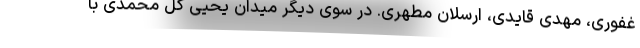
غفوری، مهدی قایدی، ارسلان مطهری. در سوی دیگر میدان یحیی گل محمدی با